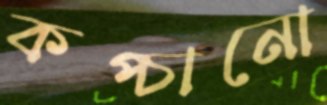
কপ্‌চানো